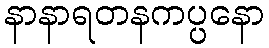
နာနာရတနကပ္ပနော